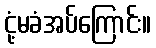
ငုံ့မခံအပ်ကြောင်း။